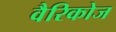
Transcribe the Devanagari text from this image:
वैरिकोज